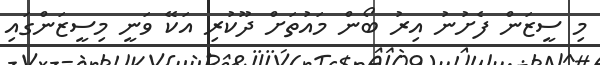
މި ސީޒަން ފެށުނު އިރު ބޯން މައުތަށް ދޫކުރި އަކޭ ވަނީ މިސީޒަންގައި